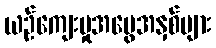
ယဉ်ကျေးမှုအမွေအနှစ်များ